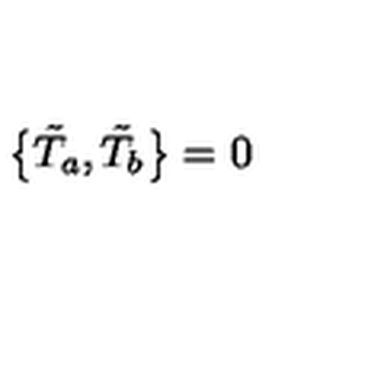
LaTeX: \bigl \{ \tilde { T } _ { a } , \tilde { T } _ { b } \bigr \} = 0